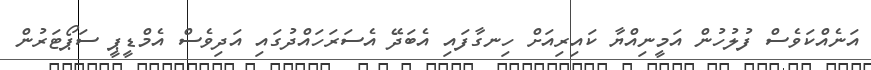
އަނެއްކަވެސް ފުލުހުން އަމީނިއްޔާ ކައިރިއަށް ހިނގާފައި އެބަދޭ އެސަރަހައްދުގައި އަދިވެސް އެމްޑީޕީ ސަޕޯޓަރުން